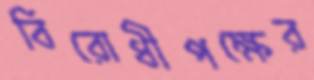
বিরোধীপক্ষের